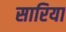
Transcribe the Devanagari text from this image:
सारिया